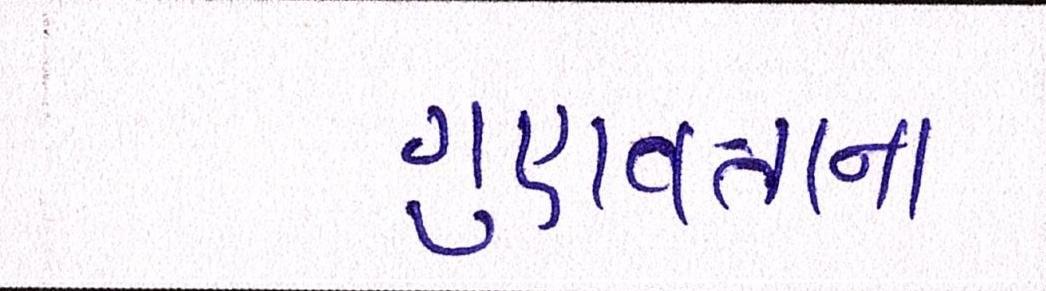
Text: ગુણવત્તાના